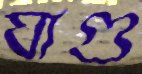
ঘাগু